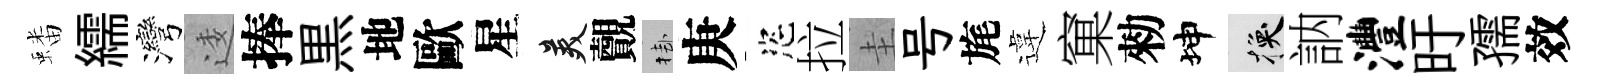
蟠繻灣逶捧黒地歐星美覿挂庚恣拉圭号旄違窠勑坤换訥澧旴孺效